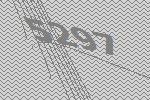
5297